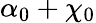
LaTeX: \alpha_{0}+\chi_{0}